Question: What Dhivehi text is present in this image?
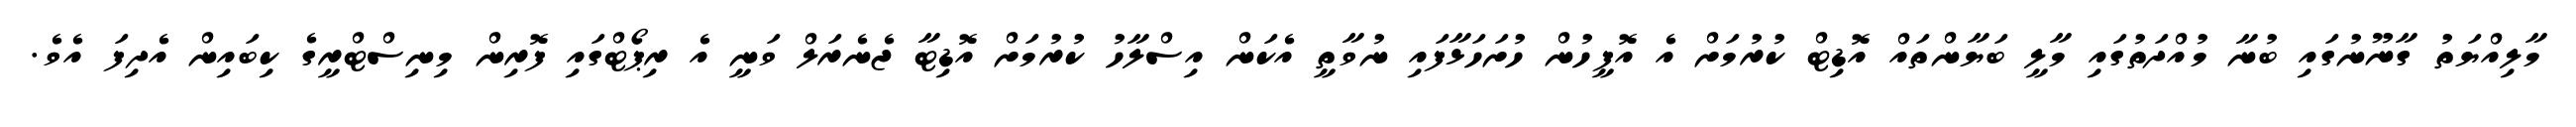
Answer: މާލިއްޔަތު ގާނޫނުގައި ބުނާ މުއްދަތުގައި މާލީ ބަޔާންތައް އޮޑިޓް ކުރުމަށް އެ އޮފީހުން ހުށަހަޅާފައި ނުވާތީ އެކަން އިސްލާހު ކުރުމަށް އޮޑިޓާ ޖެނެރަލް ވަނީ އެ ރިޕޯޓްގައި ފޮރިން މިނިސްޓްރީގެ ކިބައިން އެދިފަ އެވެ.